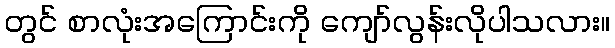
တွင် စာလုံးအကြောင်းကို ကျော်လွန်းလိုပါသလား။